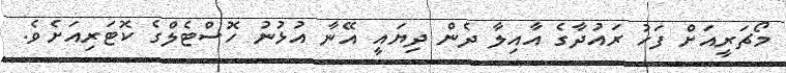
މޯޗަރީއަށް ފަހު ރައުދާގެ އާއިލާ ދެން ދިޔައީ އޭނާ އުޅުނު ހޮސްޓެލްގެ ކޮޓަރިއަށެވެ.